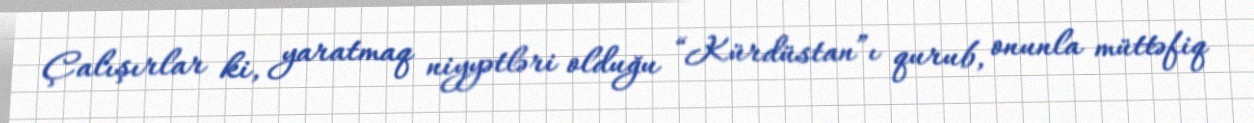
Çalışırlar ki, yaratmaq niyyətləri olduğu “Kürdüstan”ı qurub, onunla müttəfiq